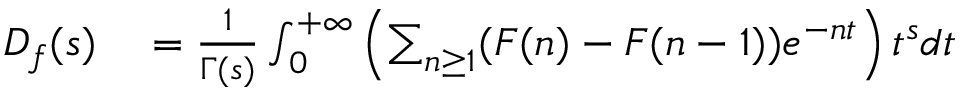
\begin{array} { r l } { D _ { f } ( s ) } & { { } = { \frac { 1 } { \Gamma ( s ) } } \int _ { 0 } ^ { + \infty } \left( \sum _ { n \geq 1 } ( F ( n ) - F ( n - 1 ) ) e ^ { - n t } \right) t ^ { s } d t } \end{array}